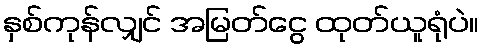
နှစ်ကုန်လျှင် အမြတ်ငွေ ထုတ်ယူရုံပဲ။